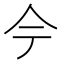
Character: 𫝆